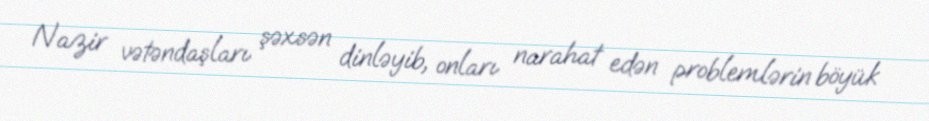
Nazir vətəndaşları şəxsən dinləyib, onları narahat edən problemlərin böyük